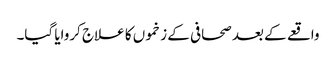
واقعے کے بعد صحافی کے زخموں کا علاج کروایا گیا۔